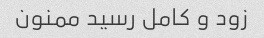
زود و کامل رسید ممنون